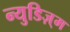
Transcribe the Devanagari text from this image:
न्युडिज़्म